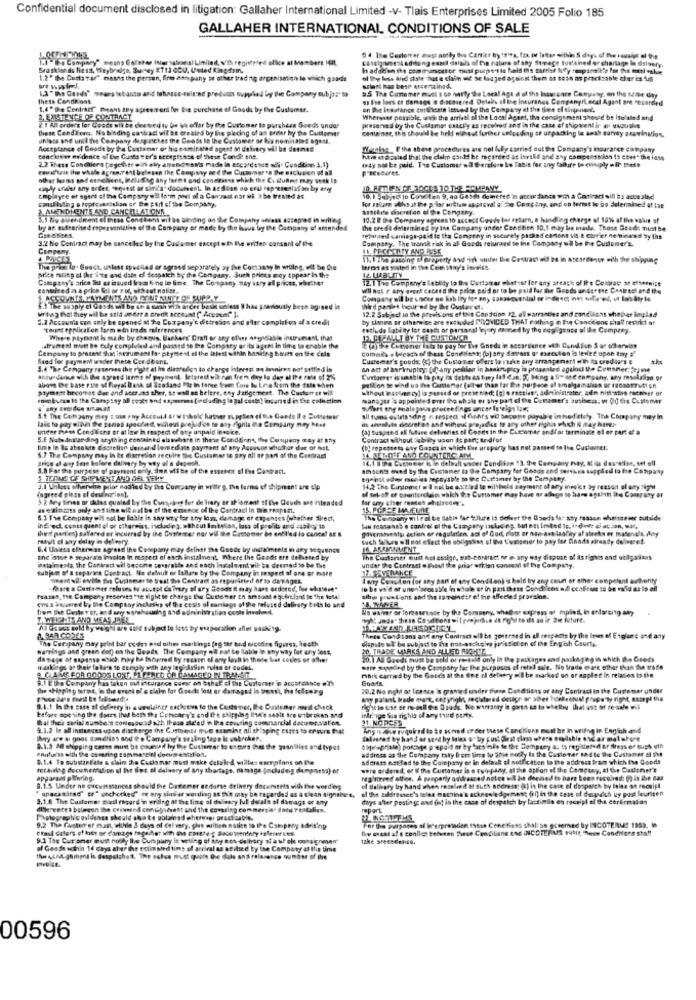
Confidential document disclosed in litigation: Gallaher International Limited -V- Tlais Enterprises Limited 2005 Folio 185
GALLAHER INTERNATIONAL CONDITIONS OF SALE
"Io Company" means OFstar International Limited, v/th registed ofice al Members HIL,
Consigomestadiong exact delails of the nature
94 The Certorrar dusi notby the Canict bytt're. fax or letter within S days of the results of the
Image sustained er chortage In dsivery.
Brasklar ds Fest, Theybralge, Bunney ET13 OCU, Usted Kingdom.
I adakion the communcetor nuti piept't te Raid ths tartiaf Rey topandit's für Die teti wskie
1.2" the Gudtatar" mains the person, fire aan pany at other trading organisation lo which gaads
ol thy legs and state hut a clain uit se losjed age
1,3 " The Gunds" means tebante and tehause-seland products supplied ber Die Company subje's
solent has bear arcertained.
95 The Curemer must s so narty the Local Age a of the lasurencn Competey, on the same day
Thess Conda ont
ss te loes et damage e discovered Delals el ise Inturinos Companyilecal Agent are recorded
1.4" the Contract" means any agreement for the purchase of Goods by The Customer.
on Ihe itsstance cuitescstn istund lyy the Company at the time el shipment
Wherever possible, wies the arrival ol the Local Agent, the consignment should be isolated and
W.I All orders lor Goede oft be deetied tu Owe th offar by the Customer to purchase Seeds under
these Cendl'ora. No binding saskact wil Be created by lite placing of an order by the Cuttervar
preserved by the Customer caacl'y as received and in the case of shipvent ir al usoushe
container, this should be held without further unloading er unpacking is anth survey gravination.
unisce and unii the Company despatches the Cease to the Customer or Na nominated agess.
Acceptance of Goodt by the Customer or his nominated agent at deivery will be dermed
Mening. Ithe above procedures are nel luBy carried out the Company's inourarce company
Concienwe medence of the Guste rer's acceptssse of these Conde ens.
have et Brelad that the claim could be mearded as iwild and any compenso jon 15 eswe" the idos
may not be paid. The Customer sa Cerciore Lo Tabit for any fatture to comply with thett
watis the whale apren.rent belesen the Company and the Cuchamer to the exclusion of all
2.2 These Condiers (egetitr in ely attendusn'is made in ancp'desce mdi. Condition 3.1)
olhar lemms saf ennclient, including any formt and conepions which the Codtufter Fry sesk is
ugly under any order, coquest or simca" document. In aedilen no eral rapresentation by any
IR ATTLIEN CT ROCOS TO THE ARMPANY
Employee or agent of the Company'w'il (o'm part of a Contact nar wi \ be treated as
10.1 54bisolo Conc.ten 9, ao Gesch deteres'in accordance with a Ganiract will is acce alnd
& AMENDI ENTE AND CANCELLATIONK
for patara ulho at the prlor ortium approval of the Company, and oh format Io bo delermied af lar
asselite cheretien of the Company.
3.1 No amendment of these Condtions wil be binding on the Company unless accepted in werilleg
10.2 E the Company agrees 10 sccest Coude for return, e handleg charge of 18%% af the value of
by an authorised representative of the Company or made by the hove try the Company of amended
the credit delarmined by Ins Company under Cendbien 10.1 muy be made, Those Geode must be
3.2 he Contract may be cancelled by the Customer except with the writer corsant o' the
related cariage-paid is the Company in securely pashed cartont via & carrier nemineed by the
Company, The tramsk risk in aF Gocds relurand to the Company .d be the Customer's.
Company.
11. 1the passing & property and isk ander the Contract wif ba in atesedenor with the shipping
The prime lo Guedt, unless speciled or agrandi separately ay the Company In writing, wil be Cie
price maling at the i'ne and date of Sespakch by the Company, Such prices may appear in the
terras as stated in The Comistny's iwvelds.
Company's arice fet es issued fram ling lo line. The Company nay stry all prices, whether
12. 1 The Company's Lablidy to the Cuttartar whettar for any ateach of It's Contrac or othernice
12 LIABLITY
contrived z a grins Gel or roc, sibout notier.
will not r ary greet cacard the price paid or to be paid for the Goods underthe Contract and the
SEOVNIS, PAYMENTS AND RENE NATT OS SUPPLY
Company will be oncer ne hab ley for any, canseesential or indirect inn suffered, ut lahaty te
4. The susply el Gasse will be th a cash with order besin unless Ihas previously been agreed in
writing that they will be sold onder a breck account [ Account" ].
third paniet hour ed by the Guitaret.
12.2 Subject to the provisions ef this Condition. 12. all warranties and conditions shepher imglad
5.2 Accounts can only be opened at he Company's distreãon and aller completion of a credit
by slanea or otherwise are enthused PROVIDED THAT nothing in the Concitons chall restrict or
"Taunt epplicafor farm min trade mitrences.
estlude labiny ler saath or personal Wjury mo med by the negligence al Ile Company.
Wiepre Payment is made by chemie, Uaekart' Draft or any other angidible instrument that
12. PEZALLT BY THE CUSTOMER
Company to present dag intrument la- ptymest el the taleti within Banking hours on the cela
.strument mitt bo tuly compluled and passed se the Company or its agent in time to enable the
IF (e)te Comener iais to pay for the Gneda in sessreence with Cund live S or otherwise
commis + Weleach of thest Condifesa; (o) any datess or execution is leviet upon tay #"
Sred for payment under thete Cor deons.
Customer's goods, (c) the Customer offers to raske any arrangement with its crediges e
3.4 The Company reserves the right at his diasredes to charge interest on lasnires not setfind is
an act of aarkrupiry: [og any pesilee in bankruptcy is presented againu st. Counner; fej me
antundaise with the agreed larms of payment, letarest wil ren fren day to day al fre role of 2%
above De base rise of Royal Bank of Scotland Mle in force frem fins bu I mie from the fate when
Curtoerer is unshis to pay is debts as tijey laf de; "( Being a Si- ste company, any residasign of
prymest brcomoe due and acer uns sher, tt wall as belere. thy Jarige meet. The Customer will
wthout inunlen sy] is passed or prese ned: (g) o ractives, administrater, adm nitt'sthe receiver or
prMillion te wind us the Cutterer (alter than far the purpose of amalgamalas or rochaeruit! on
moimburun to the Campsny all costs ond esperes (including legal coste) incurred in the collection
manager s appointed erar the whole or any part of the Cettemer's business; or 00 the Customer
5.flere eng analogous proceedings unter 1s'eign low,
S.f The Company may s one way Accould ar w ishole further . pollen of B.o Goods Ile Buttetese
lais to pay sinn De panst speched, wchout prejudice te aty fights De Company ney hent
Bil fus estriasding nrespect of Gehts WC bacone payable inhed ately. The Company may in
in theobdie debret as and without prejadics to any other rights which & may have?
Inder Path Conditions er at law in respect of any unpaid inepte.
(a) suspend al future delvarias of Goods in the Checomer and/ or terminate ol er part of a
5.E Nabe Antcar ding ar ything containedl elaselare in these Condtinha, the Company may at ky
Contract without Sabity usen is part; andfuf
Ime in Ba absokde dasstellan dossard lemedass payment of ary Accusons whohar det of NEL
(bl repesseta any Gasca in which lier ursparty has not passed to the Customer.
5.7 The Company nay in Et discretion recuire the Customer to say all or part of the Contract
Itis al ory time before delivery by way of a depesh.
14.1 1 Pe Customer inin default uncer Conditen 13, the Company nay, & os develse, set ell
3.0 For the purpose of payment only. Eine will be of the essence of I'ne Contract.
amauns oved By the Customer to the Company for Goods and sortkes suppled to be Company
3 TERMS OF SHIPMENT AND OFL TERY
egenst oder rcoles repayable to the Customer by the Company.
J.1 Unless otherwise prior nodiled by the Company in wrlir g. the larns of shipment are elp
fagreed plass el desing lon).
of sehof of counterclaim which the Customer may have ur alliage to have agulan the Company or
14,2 The Customet w I not be axtled te wilthels saymint of any inesice by reason ol any night
5 2 Ary tines or Gutes quoted by the Cursebes for de frary or shiorrent of the Couch ase intended
as essinaiss only and time wil hal be of the essence of the Contract in Sin rosplant,
15. FORSE MAJEURE
6.3 The Company will not be liable in say wty for thy loss, damtage er expenses (whether Sied,
The Company mi rat be dlabis far tollire Is defert the Goods los any reason shaftteser butside
ing ed. consequent el or cthermist, including, without Inavion, loss of profits and sabioy to
third parties) sullared er incurradt by the Customer nor wil the Customer be entl'ed io cance! at &
giventesty action er regularien. asi of God, elott or non-avt laolky of streks er mafenals. Any
Bu reasans) e control of the Company ischasing, but est leted to, indole ci ation, wat,
Palhvit el any delay in delerny
such fallues will not elect the sbilgossy of the Customer to pay for Goods siready delivered.
6.4 Unless otherwise agrese the Company may delher Tha Gende bry indiaimeets in ary sequence
16 AROMIMMENT
ane awe a separare Involca In respect of asch instalment, Where the Goods ere delivered by
The Custeriet must not essige, sub-contract nr in any way dispose of as rights and obligarians
subject of a ceparis Contract. Mo dulauk or Ballare by the Company in respect of one or more
ostalimenta, the Contract will become tousrable and nach Ingalwent wil be deemed to be the
under the Contract @ hout the prior wollen conseil of the Company.
West will evite the Cutismer to treat the Contract as repuninteif arto damages.
I any Conuden for any part of oty Condion) is held by any count or other competent authority
ID be va'd or unen'eres able in whole or in part these Condlicen a dll ccaficus to be valid as is all
featss, the Company reserves the right to charge the Customer en amount egoireland be "he total
cos s anewred by the Company inclasks of the costs of marriage of the refused delivery toth lo and
other puntians and the sopainder of the affected provaion.
His waiver or forbearance by the Company, what-er express of mpiett, in erfarenng any
All trucs sold by weight are sold subject to less by esaperation aller sucking.
The Carapany may print bar codes end eihm markingt fag ter bod nicotine figures, heath
A BAR CODES
Thees Condians and any Contract all be goutraed in all respects by the loss of Englene and any
dispute .l' be subject to The non-asciiging jurist d'en of the Engoh Csorts.
parrings and green dof) on the Seeds. The Company nl not be liable in any way for any loss,
BO TRADE MARKS AND ALLIED RICHIE
dasage of expanse which may be Bopred by reason of any lash in thede bar codes or other
10.1 Al Goedi must be sold or re-ssid only in the packages and packaging in which De Goeds
9 CLAIMS FOR GOODS LOST, FL FERED OR CAMARED | TRANSIT
waskings of thele foto's to exmoly with any leg-lasin noes er codes.
stre supplied by the Company for the purposes of retal sale. No trade mark other than the trade
9.1 E'the Company has taken out eturance Gover on bthat of the Customer in accordance m'fh
mark carried by the Goods at the dine el delvery will be marked on or apple in relation bo the
Goars
The shipping terme, in the event of a claim for Goodks laut or damaged is trensi, the following
20.2 No night at Tenace is granted under these Conditions of thy Contract in the Customer under
awy patest Irede mant, copyright, registered design or sBer hleBedfull grupa ty right, assepl the
8.1.1 h De case of defpery as a weelainer sachetiva to the Customer, Be Cuitener mwil check
fight lo tuse er mall the Dsads. No wwranty i guess as to wiekwy that est of resale wil
before opening the daers Ihet ber ths Cchcary's and the shipping Ihn's sesie Bre wibroken and
Bal he's serial numbers conmosad och those ale'ed'n lhe eouuring commercial dotwee.salon
intr ige Suis rights of any third party.
31 NORGES
9.1.2 In all instances upon discharge the Gostoents mut examine nii shisping cures to eraurs brat
Any ndose required to be scoved or der these Canchiens most be in writing in Enginh and
Dhry aw & gnac condhiss and @ . Canpung's selling tags le enbroker.
0.1.3 Ml shipping carte must be counted hy the Cusferrer besturs that the quanDies and types
wonfurt with the covering sammaseidl documentation.
address as the Company taky from time to Sre noczy la the Customer tad le the Customer 21 The
Capirephale) portage prepaid or by farsinie In the Sompury &: to registered ar fliess er bush eth
9.1.4 To substanFale a claim the Cucismar must make delaled, wilbe esenplans on the
adoratt notifed to the Company er in default of notfication to the address from which Iho Goods
any thortage, namage gochudeg dumporsa) er
were ordered, or & the Curtamer is o con pany, at the option of the Company, at the Dadone!'s
apparges planing.
registered otten. A preparly addresced notes wil be deemed to hars been received: go in the cas
" unacasitad" or" wechecked" og ony sinFar wording at this may be regarded as a clean signabee.
8.1.5 Under no cucumssances should the Cast
darse delivery documents with Ers vordieg
of the addressee's teles machine's acknowledgemer; (7) in the case of dayvich ly post leuriten
of daliagry by hand when reseled at suth address: (a) in the case of dosparch by fales on receipt
3.1.6 The Customer mail regard in writing at the line of deleary ful dotale of damage or any
daly's after posting and fn! is the case of despeich by facsimile en receipt of the carfirmadan
diferentes belegon the crivand congapesant and the cowsring commercial Sotu restalien.
repart
Pastegraphic eldance should also te obtained chereag: practicable.
For the purposes af brerprasadlen Isce Cenetens shall se greemned by INCOTERMS 1993. le
erast daters of loet or damage fage het with the corthe- dhacumeninty teleseries.
9.2 The Clusterr er man, withle 3 days of fel very, ghe mritien notice to IPe Compnay adeiting
Ily acal af's conlle bebuiten Shese Cendiline ENG INCOTERMS +491t Ture Conditions stall
9.3 The Cur aner must nosty Ile Curs pany it seting of any nos delhary si awPele ontagneen"
take sreescents.
of Goste within 14 Caya aber the coins
dtime of arrival as aditsed by ise Company at this time
00596